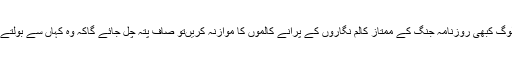
آپ لوگ کبھی روزنامہ جنگ کے ممتاز کالم نگاروں کے پرانے کالموں کا موازنہ کریں‌تو صاف پتہ چل جائے گاکہ وہ کہاں سے بولتے ہیں۔